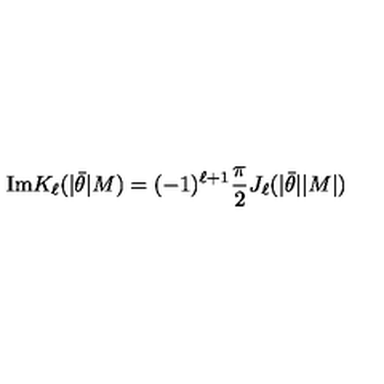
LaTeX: \mathrm { I m } K _ { \ell } ( | \bar { \theta } | M ) = ( - 1 ) ^ { \ell + 1 } { \frac { \pi } { 2 } } J _ { \ell } ( | \bar { \theta } | | M | )